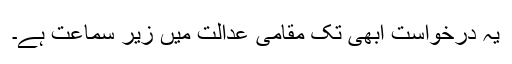
یہ درخواست ابھی تک مقامی عدالت میں زیر سماعت ہے۔